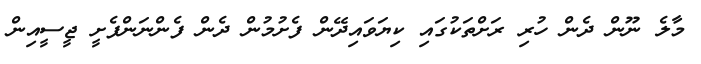
މާލެ ނޫން ދެން ހުރި ރަށްތަކުގައި ކިޔަވައިދޭން ފެށުމުން ދެން ފެންނަންފެށީ ޖީސީއިން